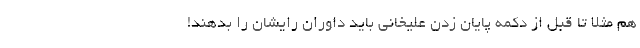
هم مثلا تا قبل از دکمه پایان زدن علیخانی باید داوران رایشان را بدهند!